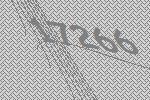
17266